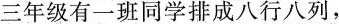
三年级有一班同学排成八行八列，